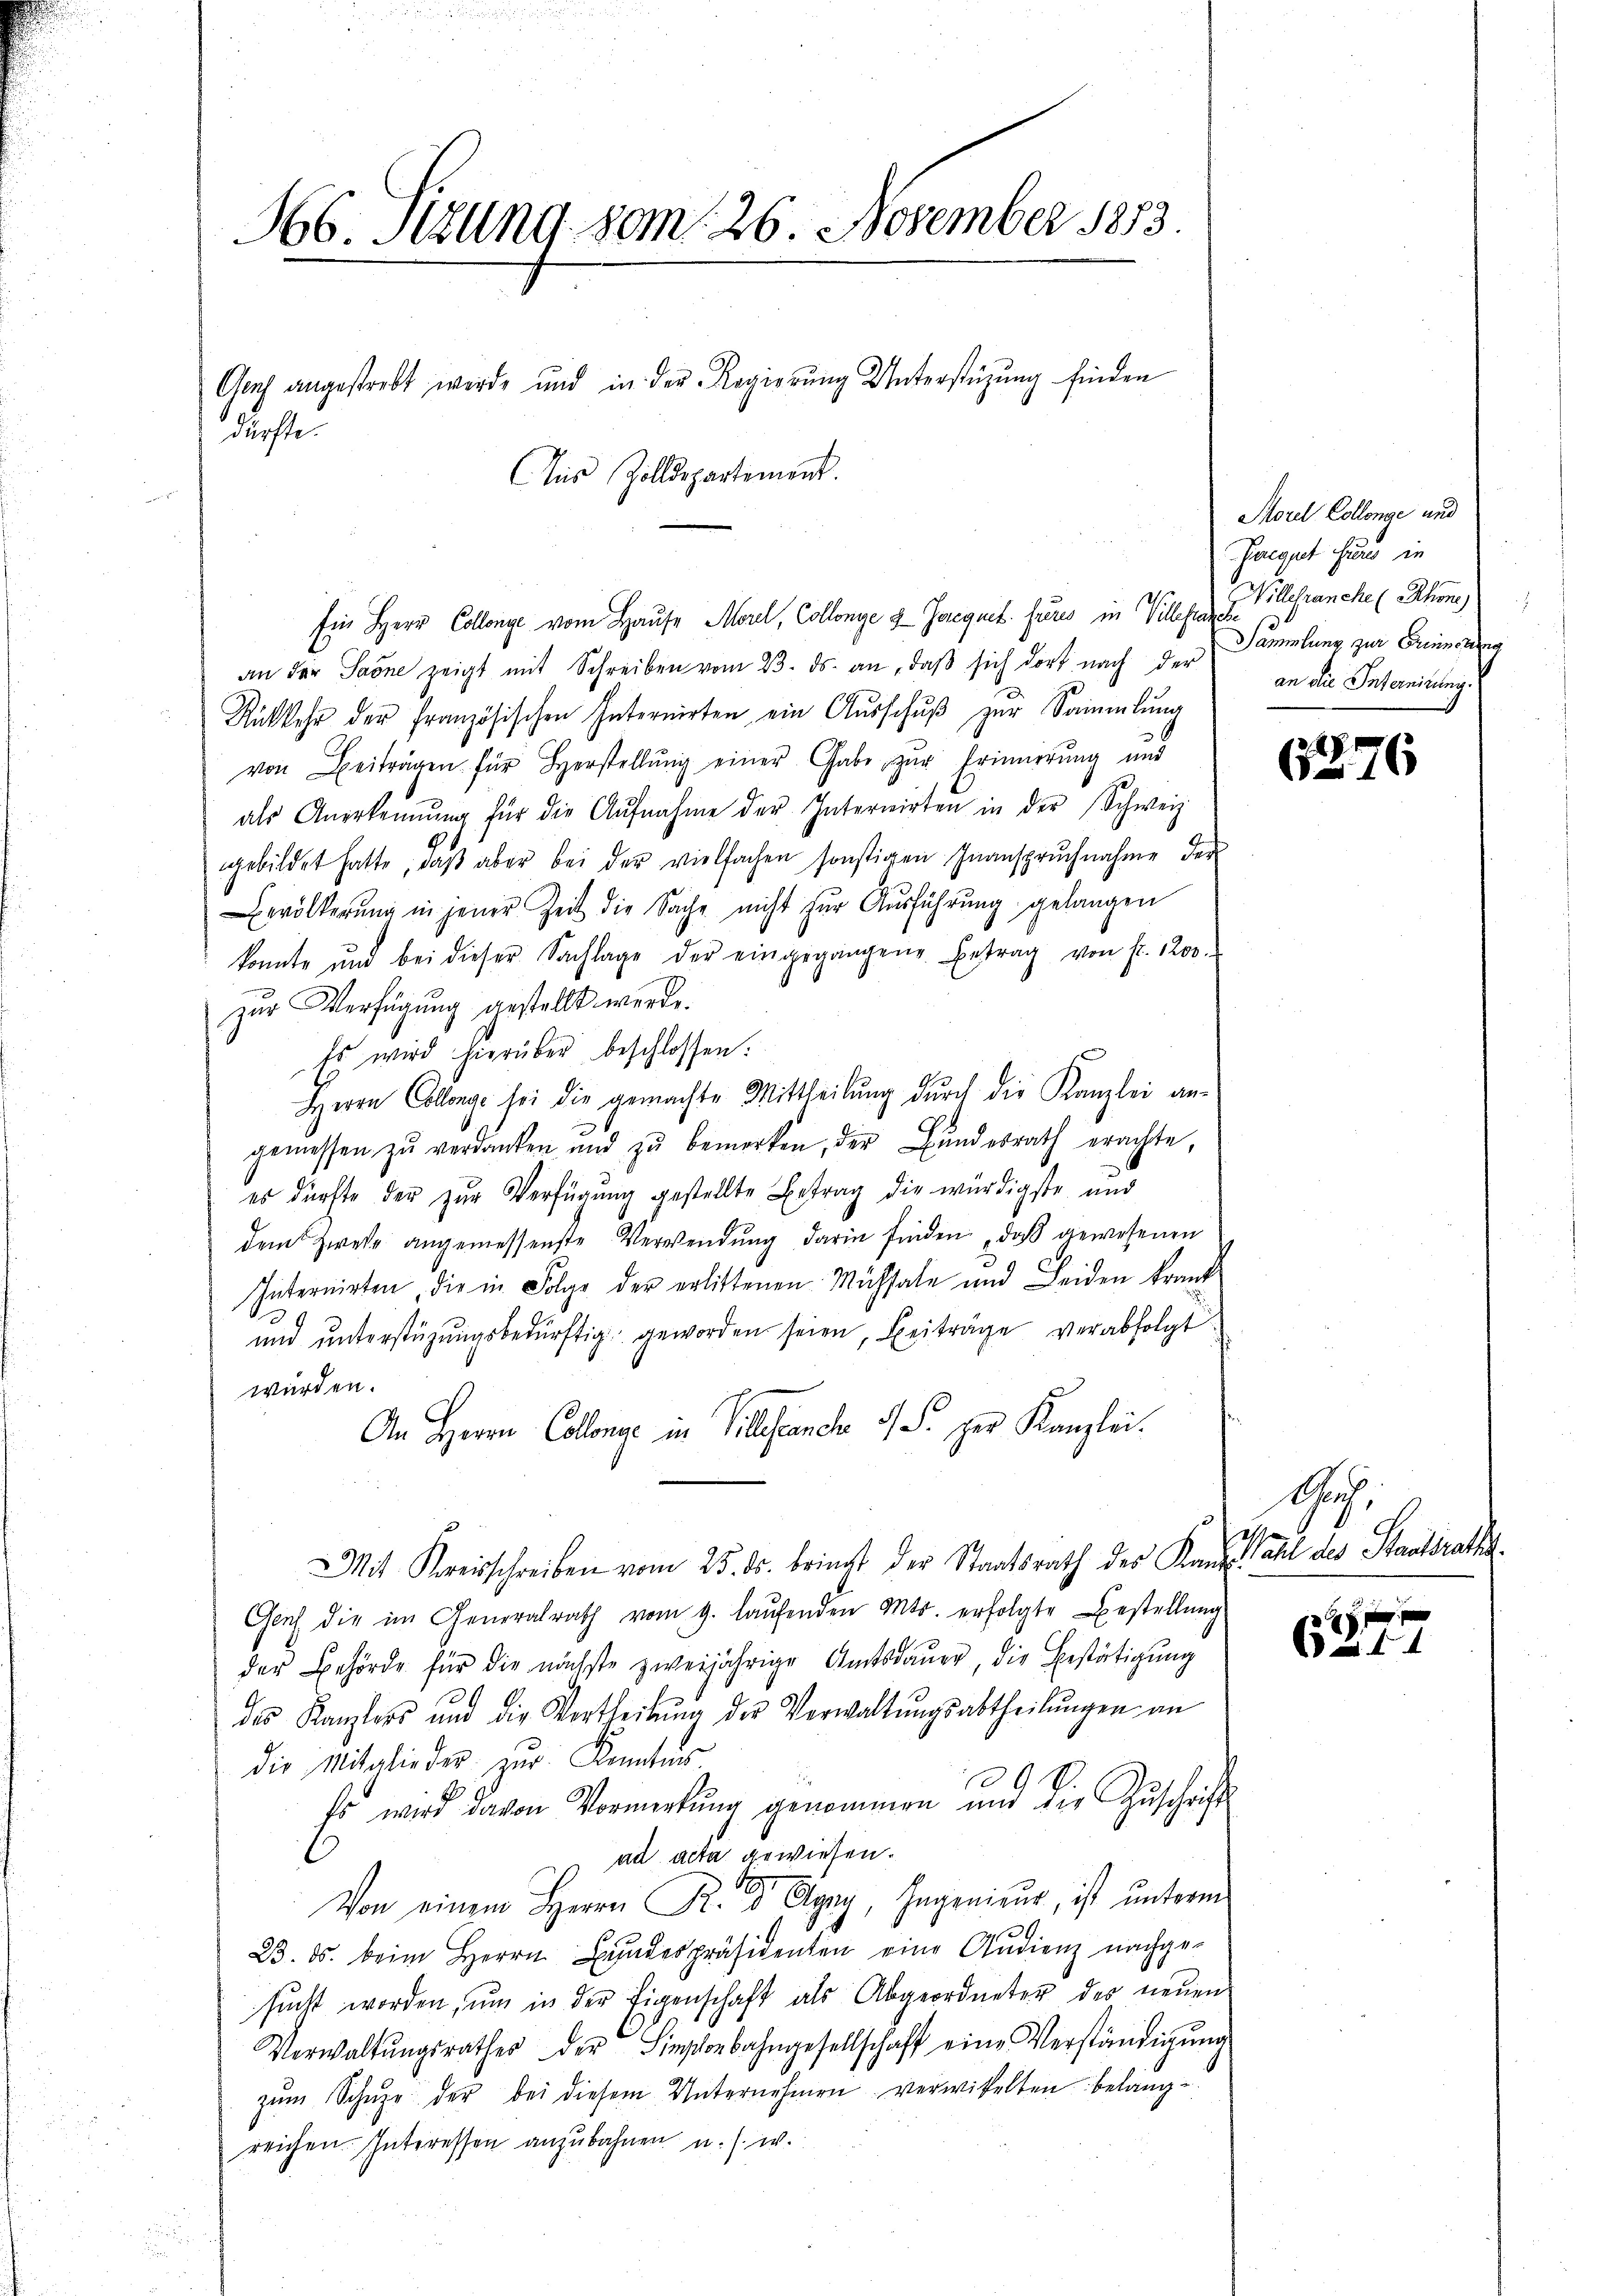
H66. Sizung vom 26. November 1883.
Genf angestrebt werde und in der Regierung Unterstüzung finden
dürfte.
Aus Zolldepartement.

Ein Herr Collenge vom Hause Morel, Collenge - Jeregnet fures in Villes franche (Rhone
an der Sarne zeigt mit Schreiben vom 23. ds. an, daβ sich dort nach der
Rükkehr der französischen Internirten ein Aŭsschŭβ zur Sammlung
von Beiträgen für Herstellŭng einer Gabe zur Erinnerung und
als Anerkennung für die Aŭfnahme der Internirten in der Schweiz
gebildet hatte, daβ aber bei der vielfachen sonstigen Inanspruchnahme der
Bevölkerung in jener Zeit die Sache nicht für Aŭsführung gelangen
konnte und bei dieser Sachlage der eingegangene Betrag von fr. 1200.
zur Verfügung gestellt werde.
Es wird hierüber beschlossen.
Herrn Collenge sei die gemachte Mittheilŭng durch die Kanzlei an¬
G
gemessen zŭ verdanken und zŭ bemerken, der Bŭndesrath erachte,
es dürfte der zŭr Verfügŭng gestellte Betrag die würdigste und
dem Zweise angemessenste Verwendŭng darin finden, daß gewesenen
Internirten die in Folge der erlittenen Mühsale und Leiden konnte
ŭnd ŭnterstützŭngsbedürftig geworden seien, Beiträge verabfolgt
würden.
An Herrn Collenge in Villstande 11 S. der Kanzlei.
Mit Kreisschreiben vom 25. ds. bringt der Staatsrath des Kanze Wahl des Staatsraths¬
Genf die im Generalrath vom 9. laŭfenden Mts. erfolgte Bestellŭng
der Behörde für die nächste zweijährige Amtsdaŭer, die Bestätigung
des Kanzlers und die Vertheilŭng der Verwaltŭngsabtheilŭngen an
die Mitglieder zŭr Kantes
Es wird davon Vormerkŭng genommen und die Zŭschrift
ad acta gewiesen.
Von einem Herrn R. Dr Agny, Ingenieur, ist unterm
23. ds. beim Herrn Bundespräsidenten eine Audienz nachge-
sucht worden, um in der Eigenschaft als Abgeordneter der neuen
Verwaltŭngsrathes der Hinschenbahngesellschaft eine Verständigung
zŭm Schŭpe der bei diesem Unternehmen verwickelten belangreichen. Interessen anzubahnen u. s. w.

Morel Collenge und
Peegut sur in
Sammlung zur Erinnerung
an die Internirung.

6276

Geh.

f f x
4